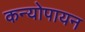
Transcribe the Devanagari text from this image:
कन्योपायन